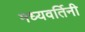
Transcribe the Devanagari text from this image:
मध्यवर्तिनी